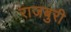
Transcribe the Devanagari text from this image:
राजबुरी